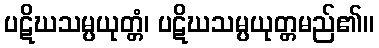
ပဋိဃသမ္ပယုတ္တံ၊ ပဋိဃသမ္ပယုတ္တမည်၏။